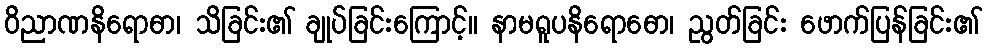
ဝိညာဏနိရောဓာ၊ သိခြင်း၏ ချုပ်ခြင်းကြောင့်။ နာမရူပနိရောဓော၊ ညွတ်ခြင်း ဖောက်ပြန်ခြင်း၏